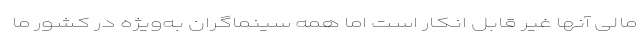
مالی آنها غیر قابل انکار است اما همه سینماگران به‌ویژه در کشور ما